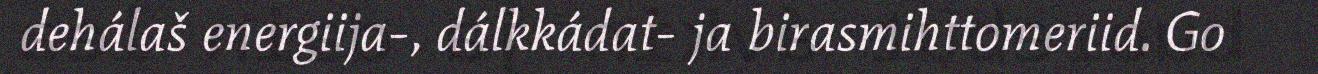
dehálaš energiija-, dálkkádat- ja birasmihttomeriid. Go